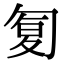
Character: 𠣴